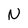
Character: N